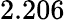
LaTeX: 2.206